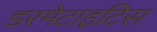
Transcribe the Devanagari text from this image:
डरमेटाइटिस